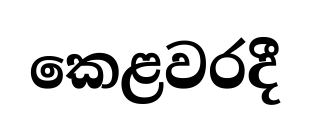
කෙළවරදී